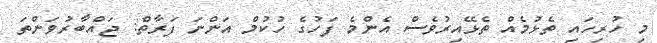
މި ހުރިހައި ތެޅުމެއް ތެޅޭއިރުވެސް އެންމެ ފަހުގެ ހުކުމް އަންނަ ފަރާތް: ޖައްބާރުވަންތަ